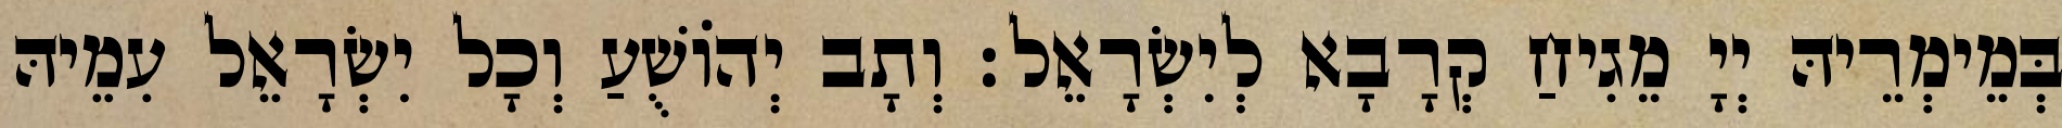
בְּמֵימְרֵיהּ יְיָ מֵגִיחַ קְרָבָא לְיִשְׂרָאֵל׃ וְתָב יְהוֹשֻׁעַ וְכָל יִשְׂרָאֵל עִמֵיהּ